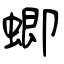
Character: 蝍